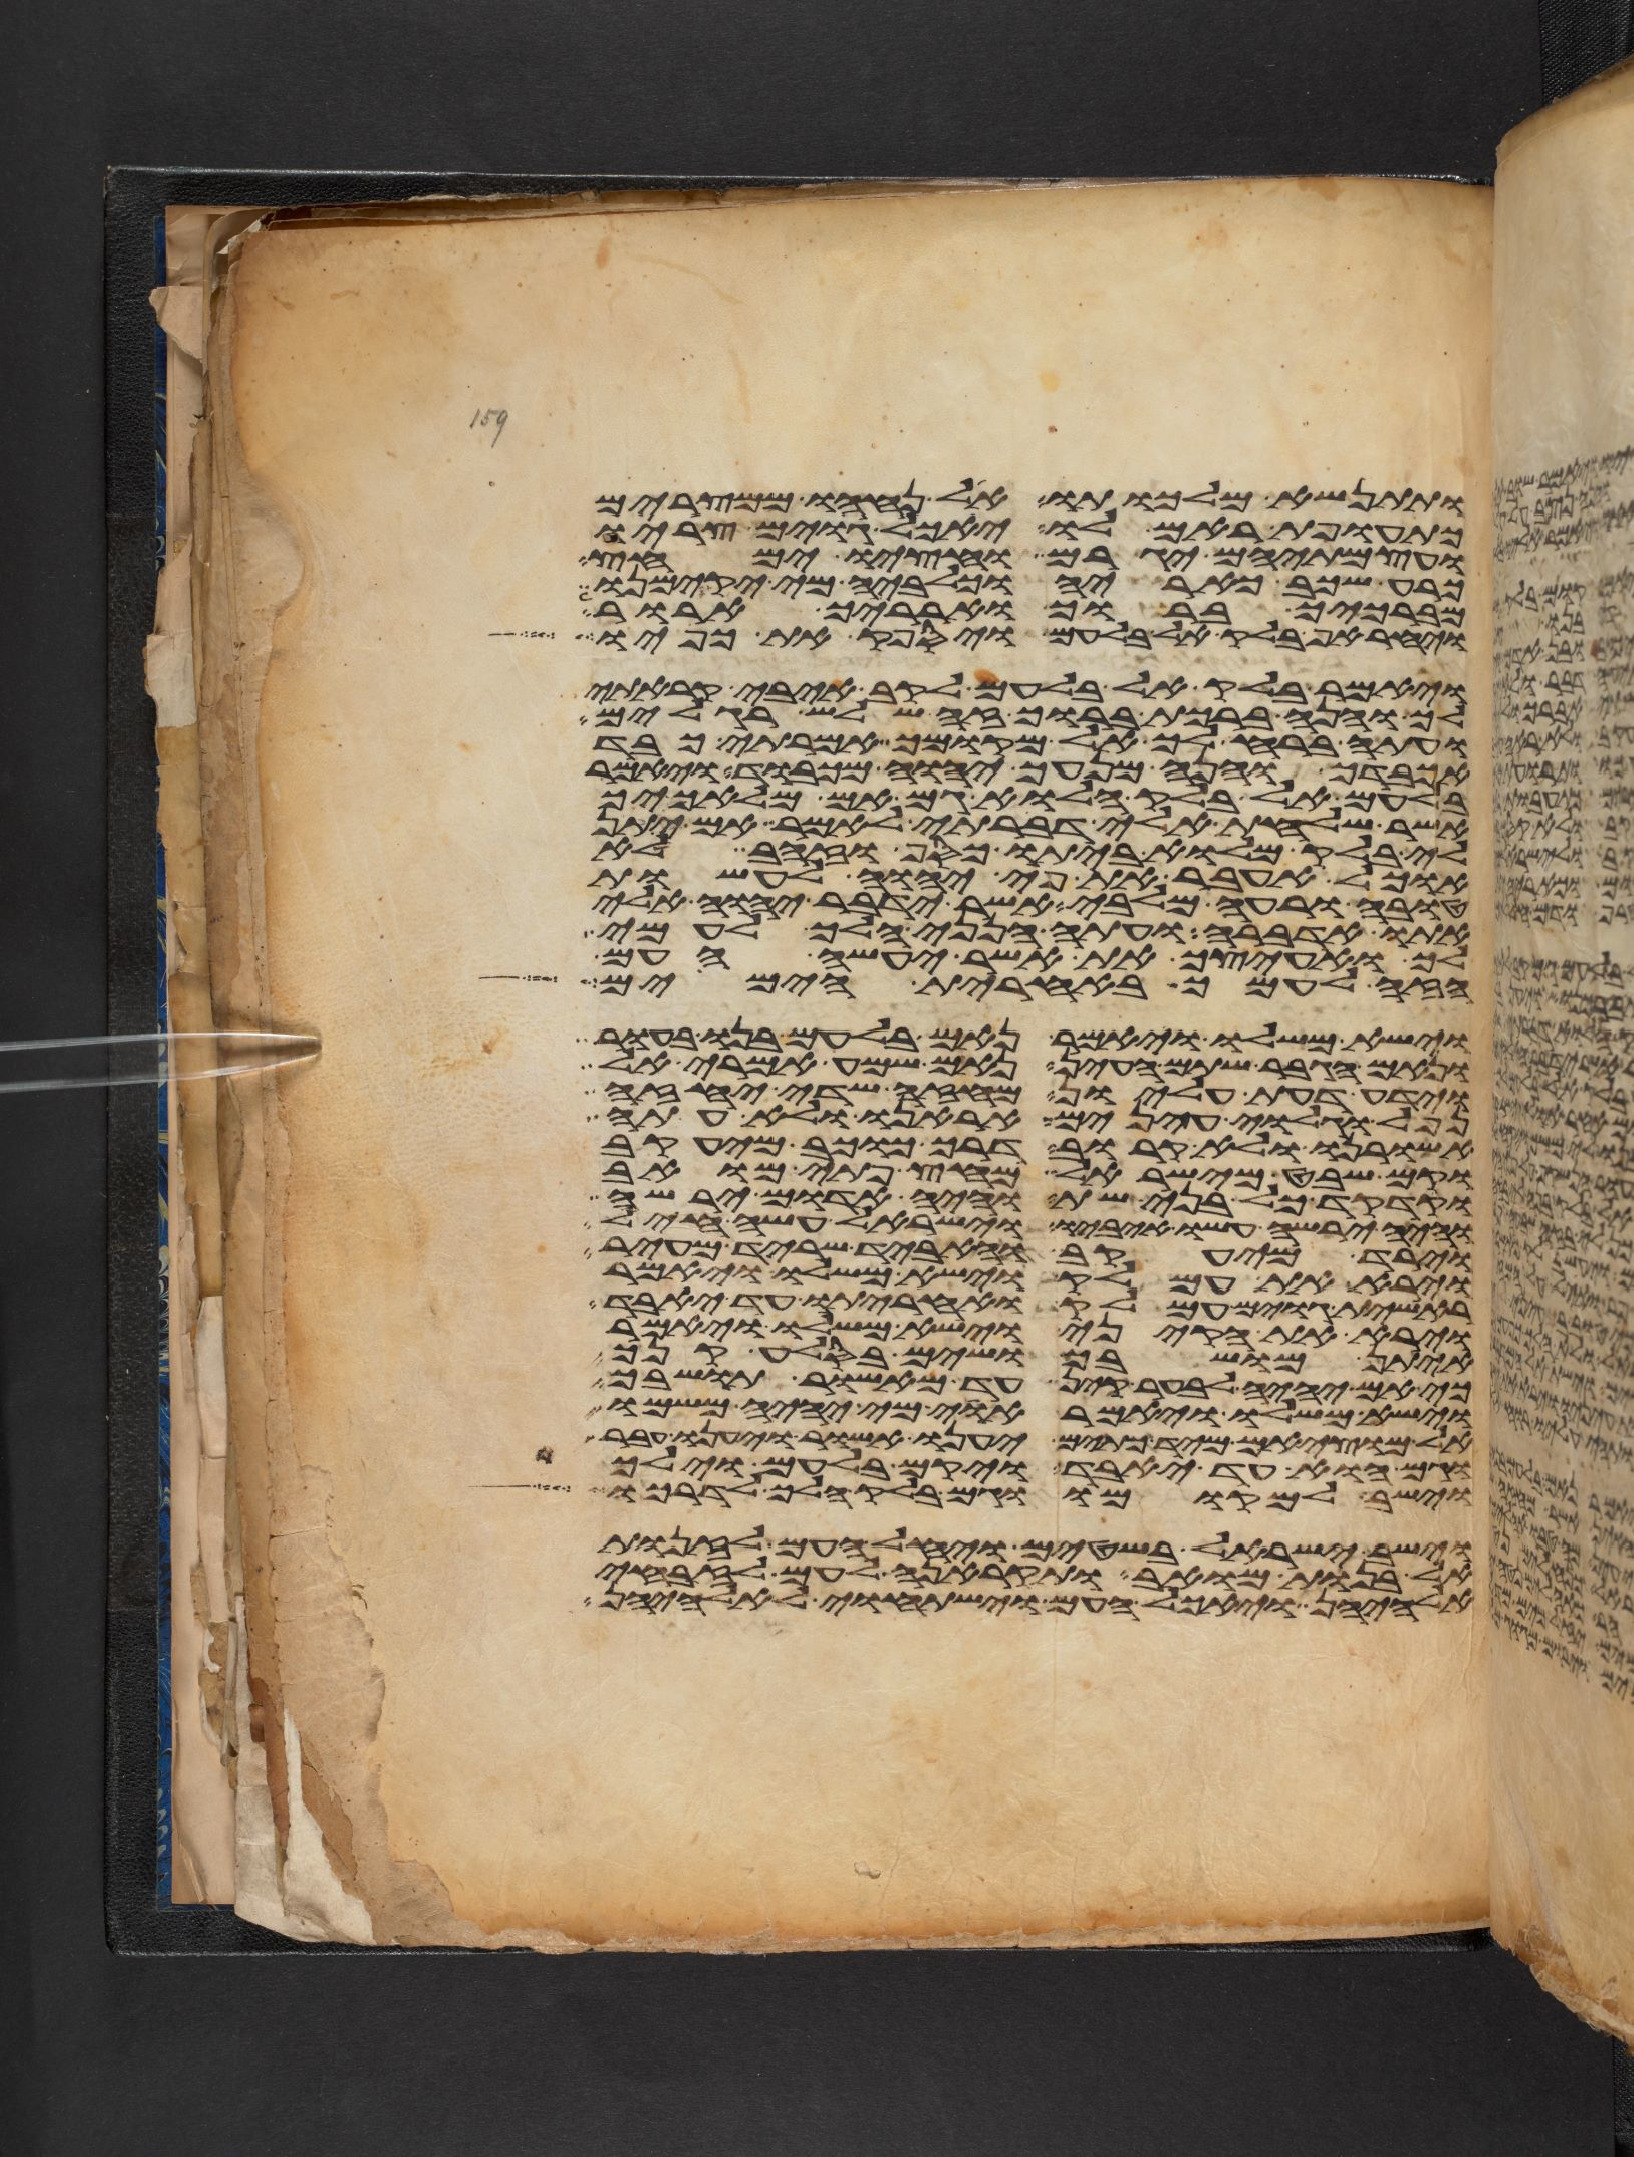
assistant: ותתנשא מלכותו אל נחהו ממצרים
כתועפת ראם לו יאכל גוים צריו
ועצמתיהם יגרם וחציו ימחץ
כרע שכב כאריה וכלביה מי יקימנו
מברכיך ברוך וארריך ארור
ויחר אף בלק אל בלעם ויספק את כפיו
ויאמר בלק אל בלעם לקב איבי קראתי
לך והנה ברכת ברוך זה שלש רגלים
ועתה ברח לך אל מקומך אמרתי כבד
אכבדך והנה מנעך יהוה מכבוד ויאמר
בלעם אל בלק הלוא גם אל מלאכיך
אשר שלחת אלי דברתי לאמר אם יתן
לי בלק מלוא ביתו כסף או זהב לא
אוכל לעבר את פי יהוה לעשות
טובה או רעה מלבי אשר ידבר יהוה אלי
אתו אדברה ועתה הנני הלך לעמי
לך ואעיצך את אשר יעשה העם
הזה לעמך באחרית הימים
וישא משלו ויאמר נאם בלעם בנו בעור
ונאם הגבר שתם העין נאם שמע אמרי אל
וידע דעת עליון מחזה שדה יחזה
נפל וגלוי עינים אראנו ולא עתה
אשורנו ולא קרוב דרך כוכב מיעקב
וקם שבט מישראל מחץ פתי מואב
וקדקד כל בני שת והיה אדום ירשה
והיה ירשה עשו איביו וישראל עשה חיל
וירד מיעקב והאביד שריד מעיר
וירא את עמלק וישא משלו ויאמר
ראשית גוים עמלק ואחריתו עד יאבד
וירא את הקיני וישא משלו ויאמר
איתן מושבך ושים בסלע קנך
כי אם יהיה לבער קין עד מאשור תושבך
וישא משלו ויאמר אוי מי יהיה משמו
אל יוציאם מיד כתים יענו אשור ויענו עבר
וגם הוא עד יאבד ויקם בלעם וילך
וישב למקומו וגם בלק הלך לדרכו
וישב ישראל בשטים ויחל העם לזנות
אל בנות מואב ותקראנה לעם לזבחי
אלהיהן ויאכל העם וישתחוי לאלהיהן